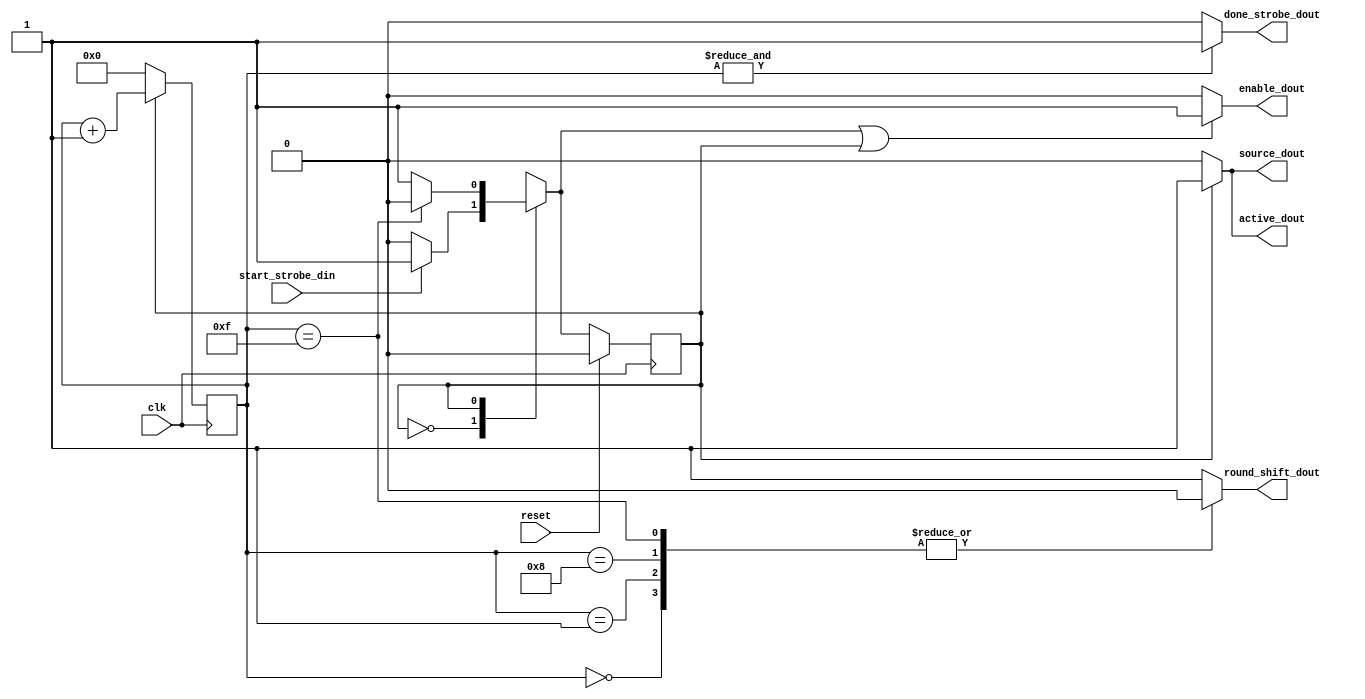
module des_control
	(
		input wire clk,
		input wire reset,
		input wire start_strobe_din,
		output wire enable_dout,
		output wire source_dout,
		output wire active_dout,
		output reg  round_shift_dout,
		output wire done_strobe_dout
    );
	localparam IDLE 	= 1'b0;
	localparam ACTIVE 	= 1'b1;
	reg [3:0]	round_counter;
	reg state_reg;
	reg state_next;
		always @(posedge clk)
			if(reset)
				state_reg <= IDLE;
			else
				state_reg <= state_next;
		always @(*)
			begin
				state_next = state_reg;
				case (state_reg)
					IDLE: 		if (start_strobe_din)
									state_next = ACTIVE;
					ACTIVE:	if (round_counter == 4'b1111)
									state_next = IDLE;
				endcase 
			end
		always @(posedge clk)
			if (state_reg)
				round_counter <= round_counter + 1'b1;
			else
				round_counter <= {4{1'b0}};
		assign enable_dout = (state_next | state_reg) ? 1'b1 : 1'b0;
			always @(*)
				case (round_counter)
					4'd0 : round_shift_dout = 1'b0;
					4'd1 : round_shift_dout = 1'b0;
					4'd8 : round_shift_dout = 1'b0;
					4'd15: round_shift_dout = 1'b0;
					default : round_shift_dout = 1'b1;
				endcase 
			assign source_dout = (state_reg) ? 1'b1 : 1'b0;
			assign done_strobe_dout = (&round_counter) ? 1'b1 : 1'b0;
			assign active_dout = (state_reg) ? 1'b1 : 1'b0;
		wire [6*8:0]	estado_presente;
		wire [6*8:0]	estado_siguiente;
		assign estado_presente  = (state_reg)  ? "ACTIVE" : "IDLE";
		assign estado_siguiente = (state_next) ? "ACTIVE" : "IDLE";
endmodule